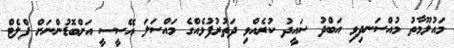
މައުލޫމާތު މުއްސަނދިވި އަބްދު ސައީދު ކުރެއްވި ދަތުރުފުޅެއްގެ މައްސަލަ އޭސީސީ އަށްބޮޑުންނަށް ފްލެޓް